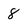
Character: 8